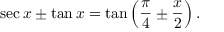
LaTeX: \sec x \pm \tan x = \tan \left( { \frac { \pi } { 4 } } \pm { \frac { x } { 2 } } \right) .